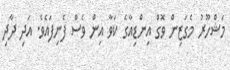
މަޝްހޫރު މެގަޒިން ވޮގް އިންޑިއާގެ ކަވާ އިން ވެސް ފެނިފައެވެ. އަދި ދާދި